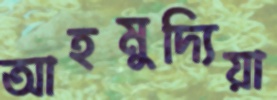
আহমুদ্যিয়া